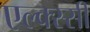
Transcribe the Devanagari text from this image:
एल्क्स्सी